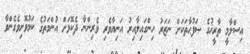
އިސްލާމީ ތާރީޚުގެ ޞަފުޙާތަކަށް ނަޒަރު ހިންގައިލާއިރު އަނިޔާވެރި ވެރިންނާ ދެކޮޅަށް އުންމަތުގެ ކަމުވޮށިވެގެންވާ